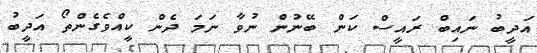
އަދީބު ނައިބް ރައީސް ކަން ބޭނުން ނުވާ ނަމަ ދެން ކީއްވެގެންތޯ އަދީބު